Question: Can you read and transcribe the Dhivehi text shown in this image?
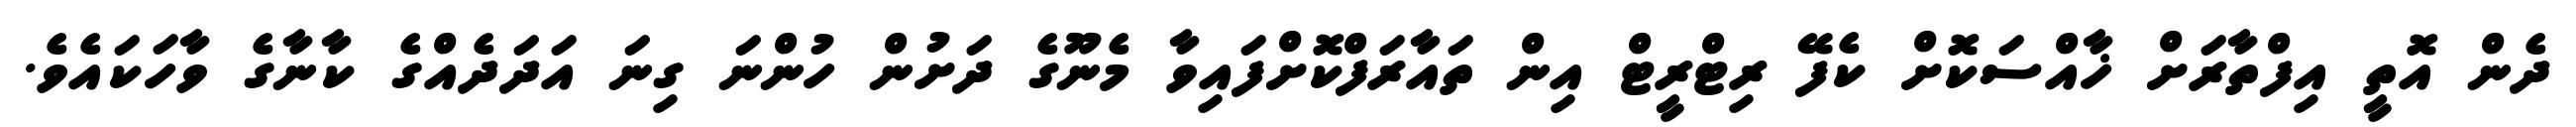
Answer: ދެން އޮތީ އިފްތާރަށް ޚާއްސަކޮށް ކެފޭ ރިޓްރީޓް އިން ތައާރަފްކޮށްފައިވާ މެނޫގެ ދަށުން ހުންނަ ގިނަ އަދަދެއްގެ ކާނާގެ ވާހަކައެވެ.